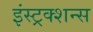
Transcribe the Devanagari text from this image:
इंस्ट्रक्शन्स